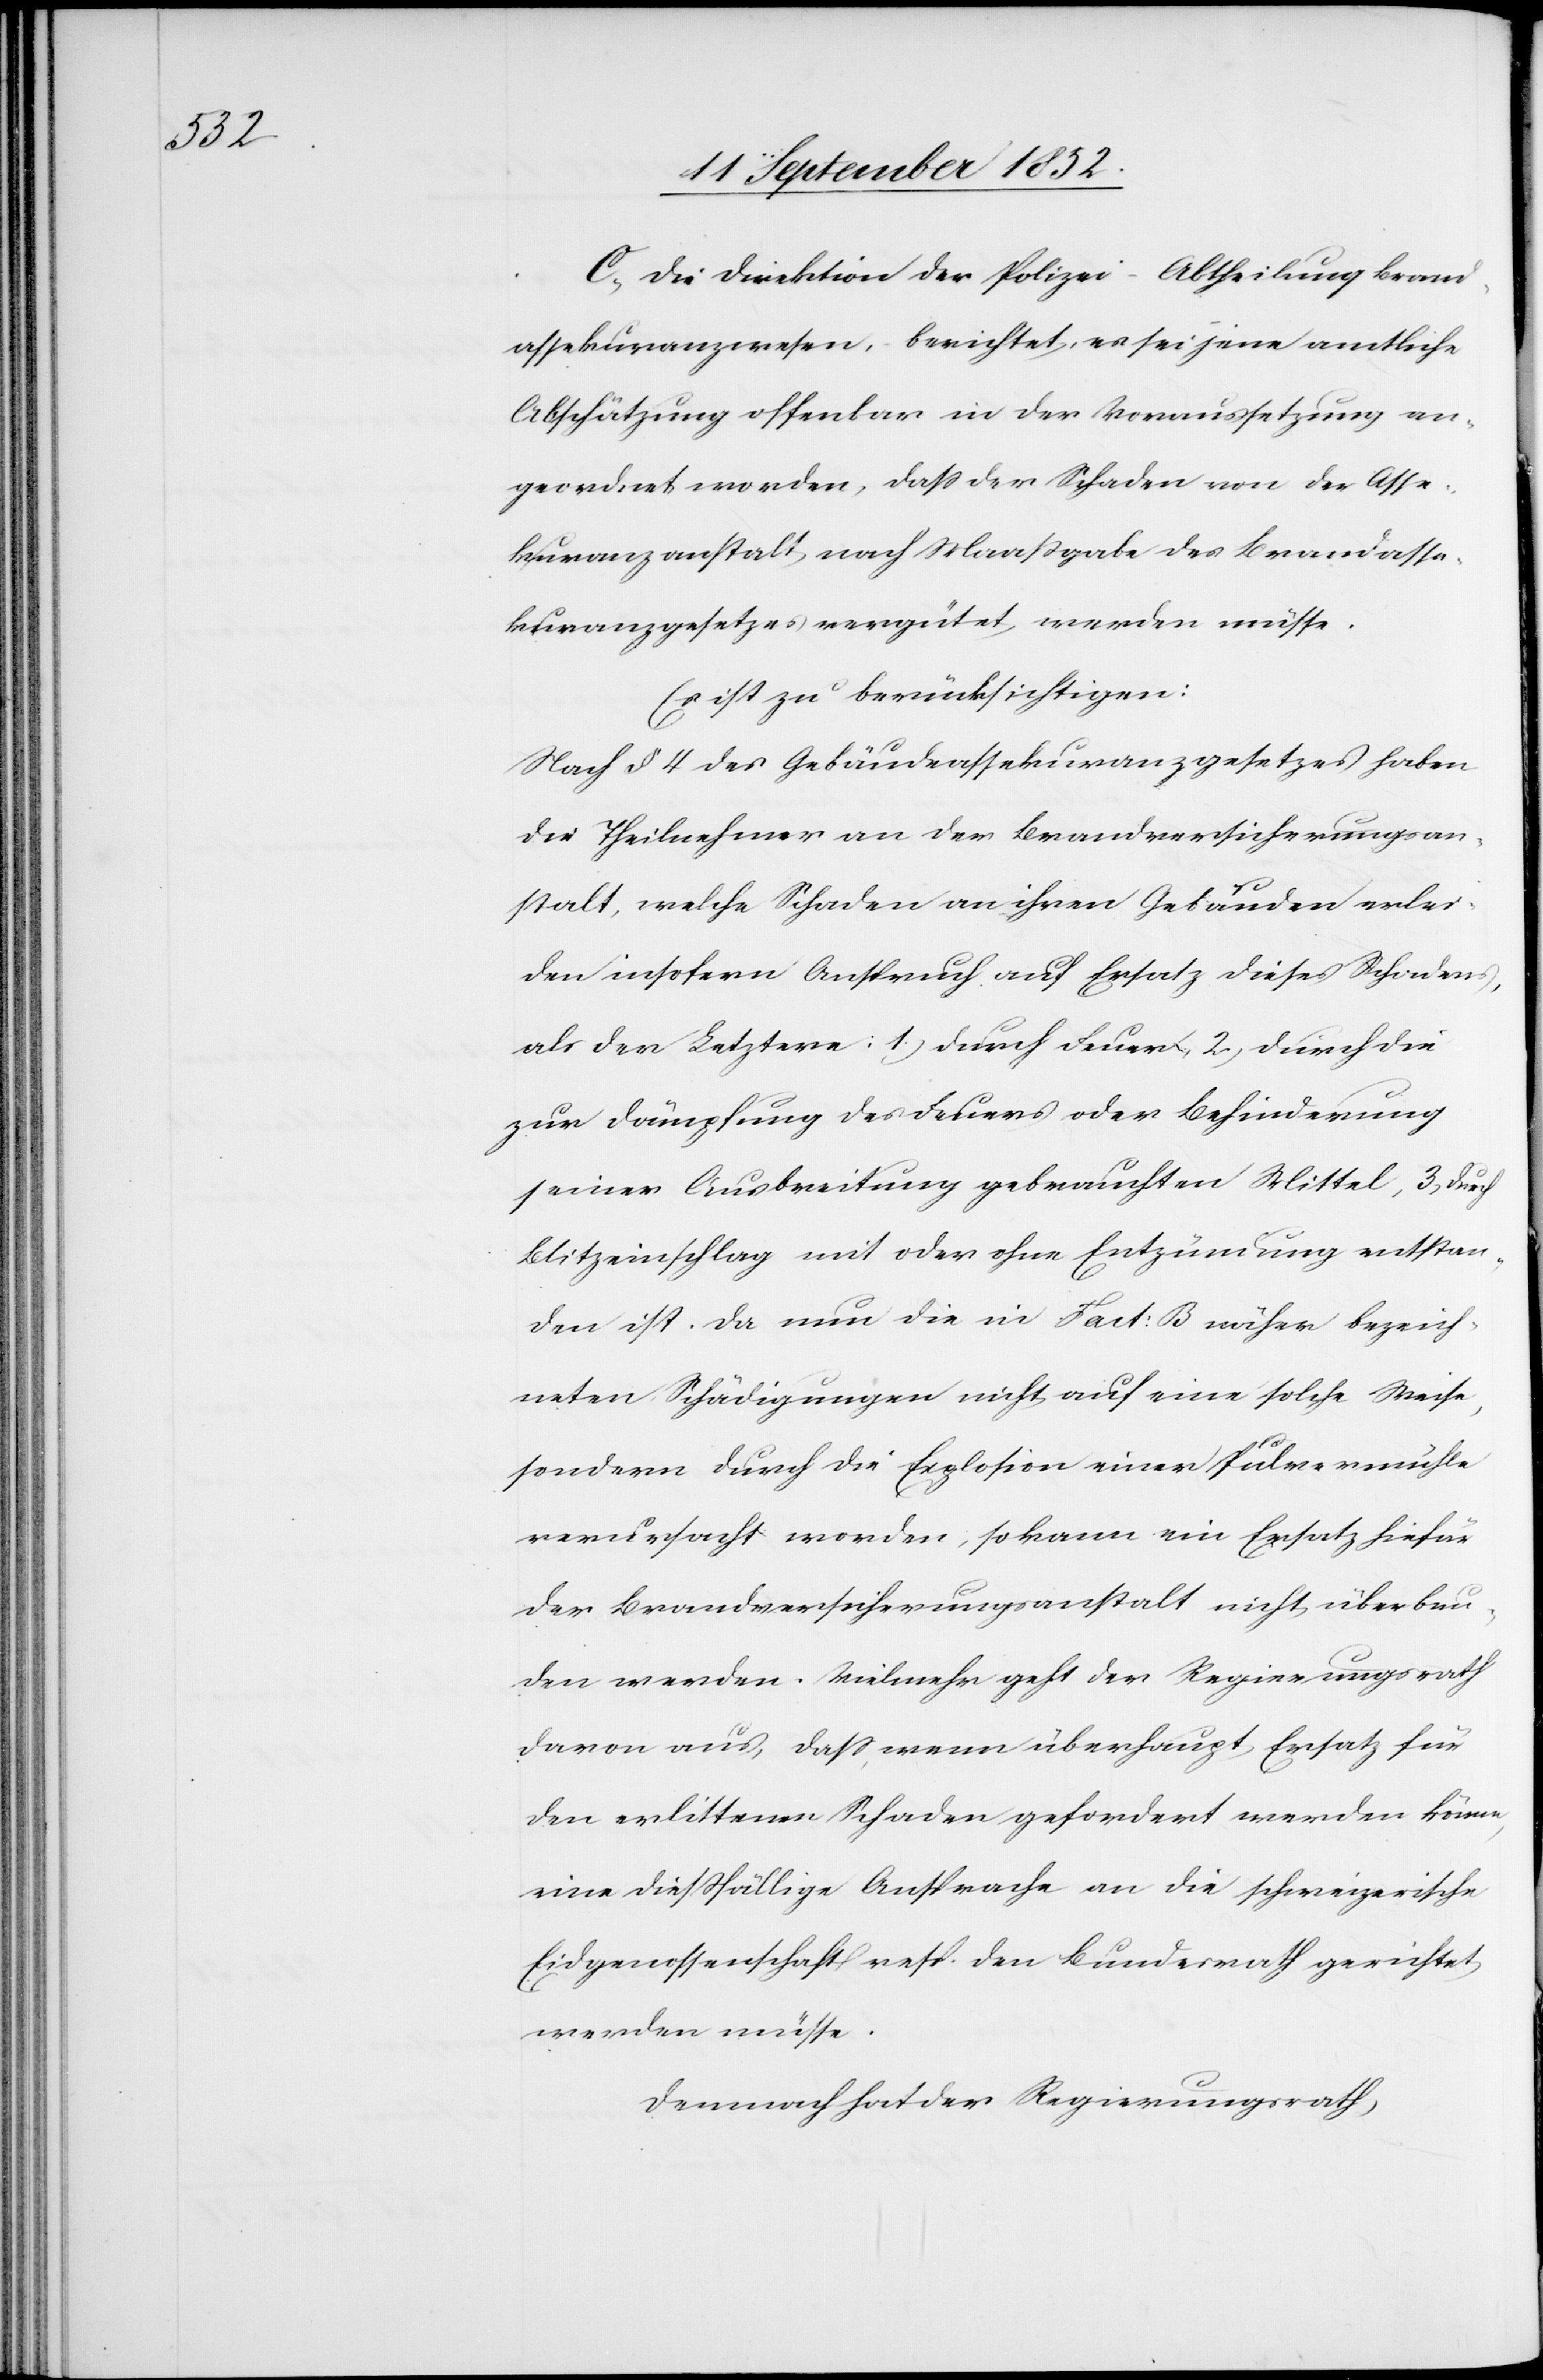
C, Die Direktion der Polizei – Abtheilung Brand¬
assekuranzwesen, – berichtet, es sei jene amtliche
Abschätzung offenbar in der Voraussetzung an¬
geordnet worden, dass der Schaden von der Asse¬
kuranzanstalt nach Maaßgabe des Brandasse¬
kuranzgesetzes vergütet werden müsse.
Es ist zu berücksichtigen:
Nach § 4 des Gebäudeassekuranzgesetzes haben
die Theilnehmer an der Brandversicherungsan¬
stalt, welche Schaden an ihren Gebäuden erlei¬
den insofern Anspruch auf Ersatz dieses Schadens,
als der Letztere: 1.) durch Feuer, 2) durch die
zur Dämpfung des Feuers oder Behinderung
seiner Ausbreitung gebrachten Mittel, 3) durch
Blitzeinschlag mit oder ohne Entzündung entstan¬
den ist. Da nun die in Fact: B näher bezeich¬
neten Schädigungen nicht auf eine solche Weise,
sondern durch die Explosion einer Pulvermühle
verursacht worden, so kann ein Ersatz hiefür
der Brandversicherungsanstalt nicht überbun¬
den werden. Vielmehr geht der Regierungsrath
davon aus, dass, wenn überhaupt Ersatz für
den erlittenen Schaden gefordert werden könne,
eine dießfällige Ansprache an die schweizerische
Eidgenossenschaft resp. den Bundesrath gerichtet
werden müsse.
Demnach hat der Regierungsrath,